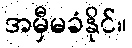
အမှီမခံနိုင်။